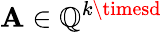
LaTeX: \mathbf{A}\in\mathbb{{Q}}^{k\timesd}